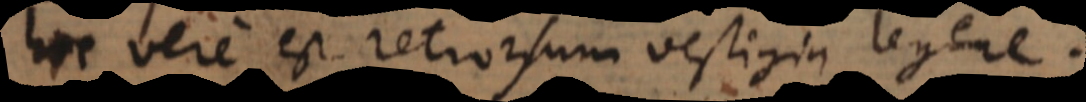
hoc vere est retrorsum vestigia legere.